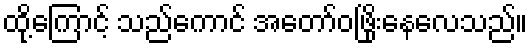
ထို့ကြောင့် သည်ကောင် အတော်ဝဖြိုးနေလေသည်။